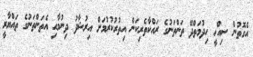
އެގޮތުން ސިއްހީ ހިދުމަތްދޭ ތަންތަނުގެ ރައްކާތެރިކަން އިތުރުކުރުމަށް އިރުޝާދު ދިނުމާއި އެތަންތަނުގެ ތައްޔާރީ